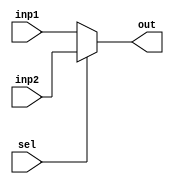
`timescale 1ps/1ps
module mux2 (
    sel,
    inp1,
    inp2,
    out
    );
    parameter n = 32;
    input sel;
    input [n-1:0]inp1, inp2;
    output [n-1:0]out;

    assign out = sel ? inp2 : inp1;
endmodule